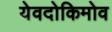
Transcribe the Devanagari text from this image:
येवदोकिमोव